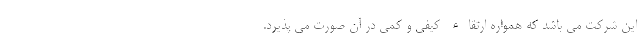
این شرکت می باشد که همواره ارتقاء کیفی و کمی در آن صورت می پذیرد.